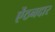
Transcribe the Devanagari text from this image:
ऐंठनदार